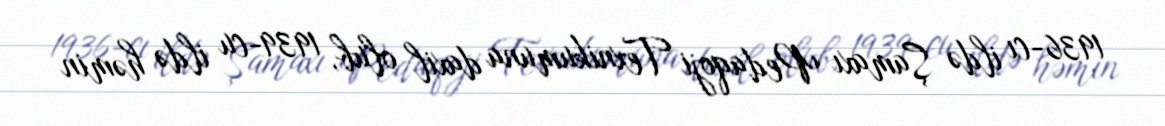
1936-cı ildə Şamaxı Pedaqoji Texnikumuna daxil olub, 1939-cu ildə həmin